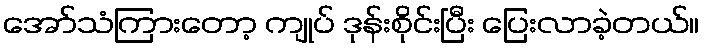
အော်သံကြားတော့ ကျုပ် ဒုန်းစိုင်းပြီး ပြေးလာခဲ့တယ်။